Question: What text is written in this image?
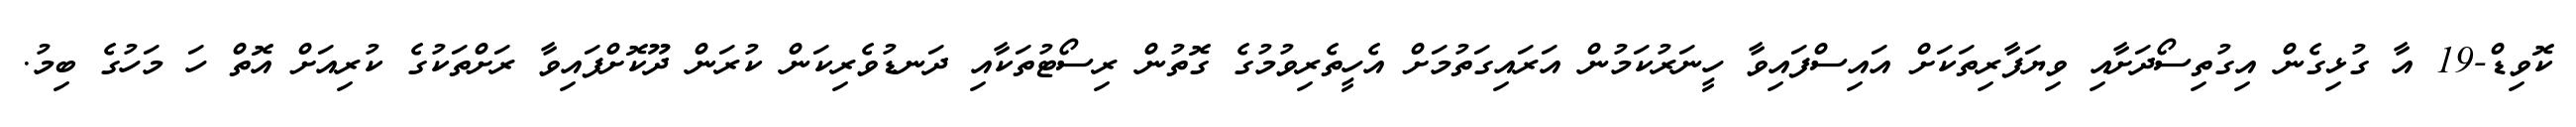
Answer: ކޮވިޑް-19 އާ ގުޅިގެން އިގުތިސޯދަށާއި ވިޔަފާރިތަކަށް އައިސްފައިވާ ހީނަރުކަމުން އަރައިގަތުމަށް އެހީތެރިވުމުގެ ގޮތުން ރިސޯޓުތަކާއި ދަނޑުވެރިކަން ކުރަން ދޫކޮށްފައިވާ ރަށްތަކުގެ ކުރިއަށް އޮތް ހަ މަހުގެ ބިމު.